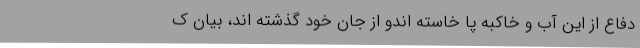
دفاع از این آب و خاکبه پا خاسته اندو از جان خود گذشته اند، بیان ک